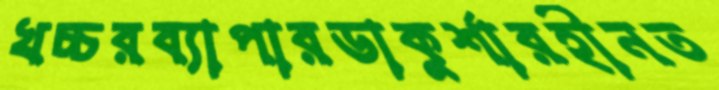
খচ্চরব্যাপারডাকুর্শারহীনত